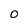
Character: 0